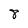
Character: 8